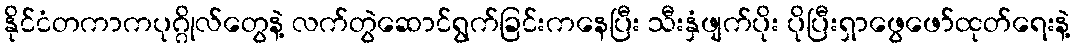
နိုင်ငံတကာကပုဂ္ဂိုလ်တွေနဲ့ လက်တွဲဆောင်ရွက်ခြင်းကနေပြီး သီးနှံဖျက်ပိုး ပိုပြီးရှာဖွေဖော်ထုတ်ရေးနဲ့